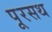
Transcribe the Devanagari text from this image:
पूरसथ